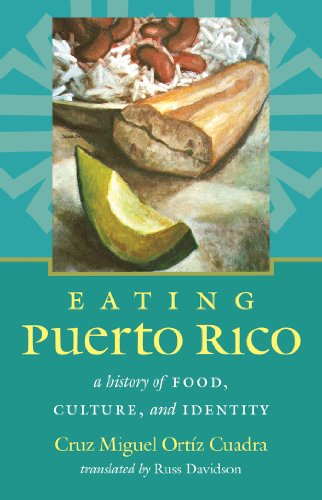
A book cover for Eating Puerto Rico: A History of Food, Culture, and Identity (Latin America in Translation/en TraducciÃ³n/em TraduÃ§Ã£o); Cruz Miguel OrtÃ­z Cuadra; Cookbooks, Food & Wine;